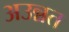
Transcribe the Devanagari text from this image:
अउन्नत